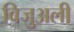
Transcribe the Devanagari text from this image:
विजुअली